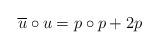
LaTeX: \begin{align*}\overline{u}\circ u=p\circ p +2p \end{align*}